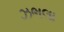
ઝભલા